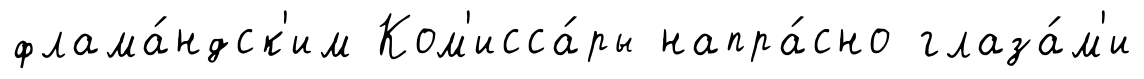
флама́ндск'им Ком'исса́ры напра́сно глаза́м'и